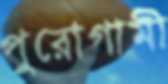
পুরোগামী